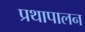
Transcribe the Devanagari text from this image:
प्रथापालन